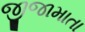
જીજામાતા